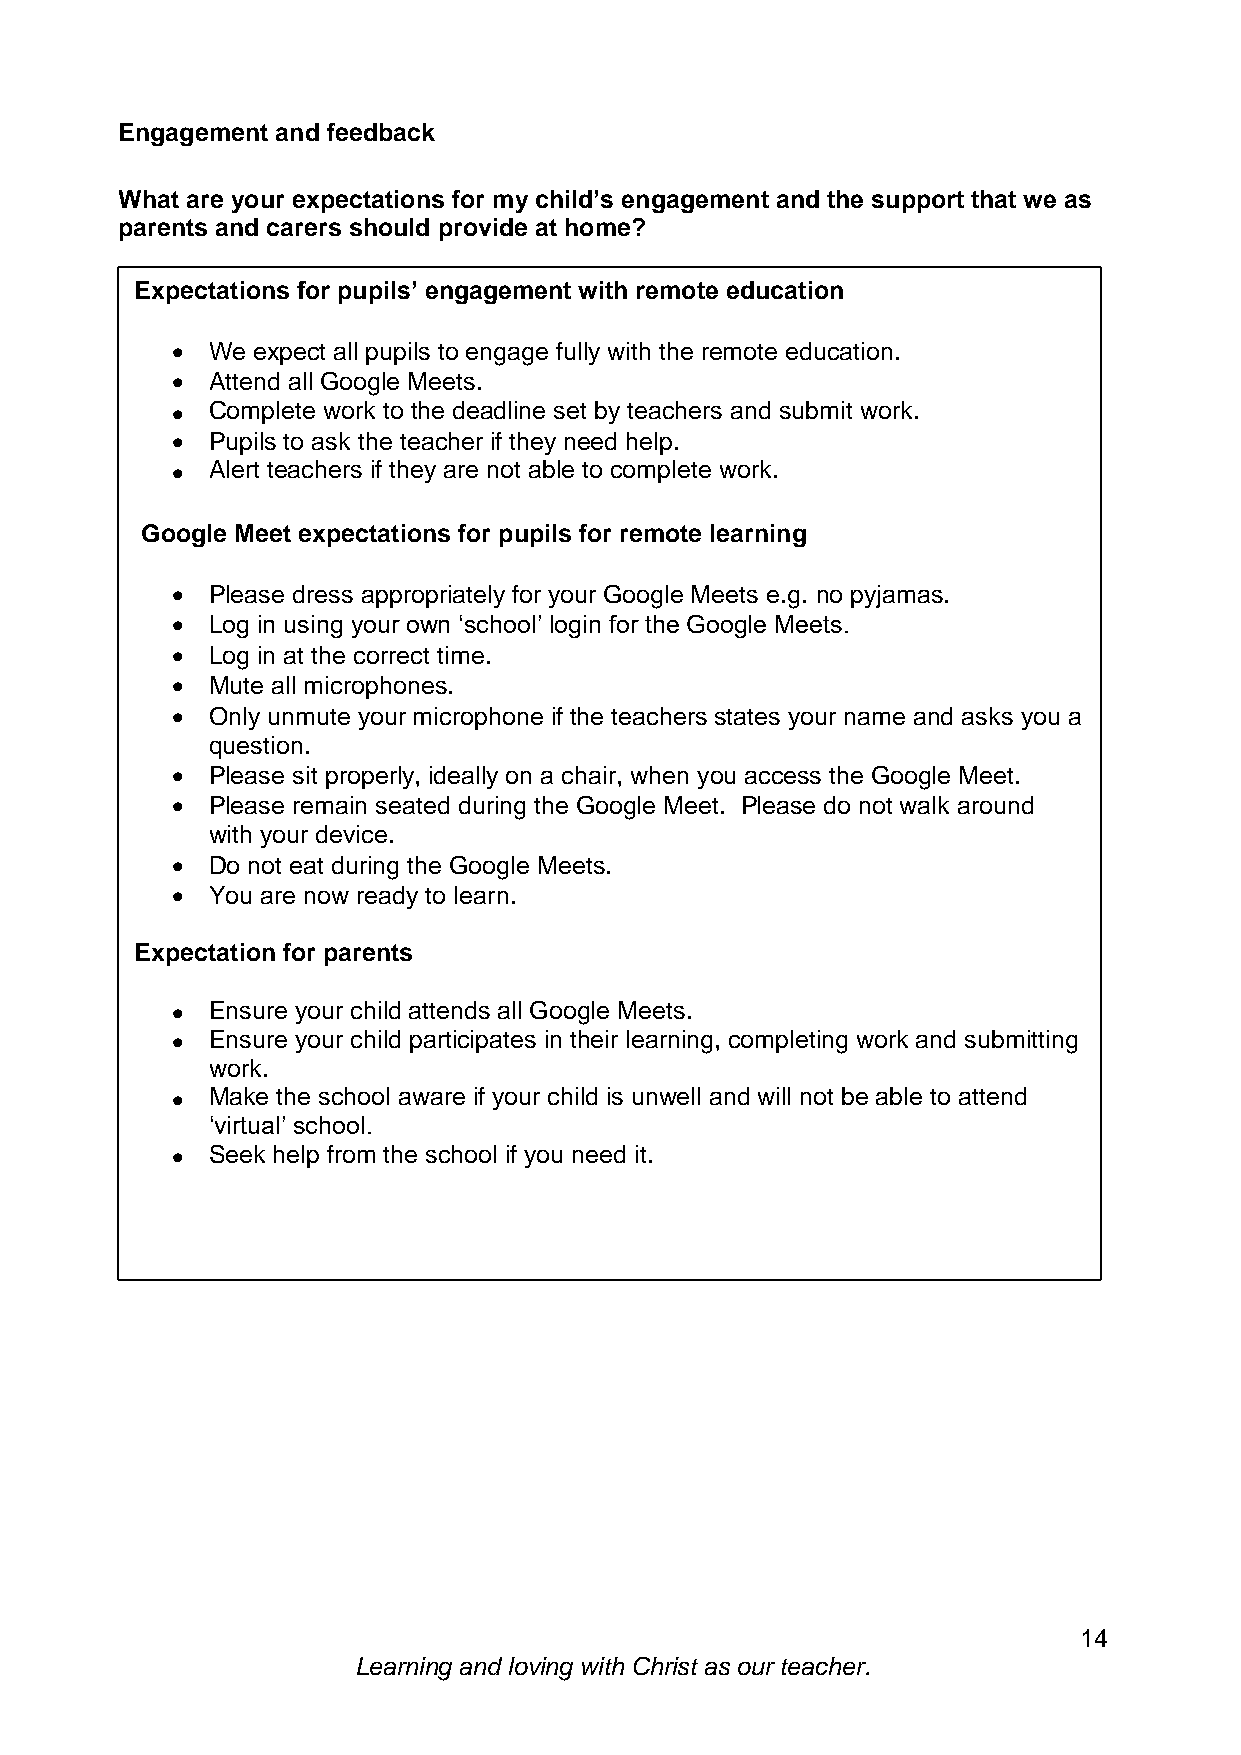
Engagement and feedback
 What are your expectations for my child’s engagement and the support that we as
 parents and carers should provide at home?
 Expectations for pupils’ engagement with remote education
   We expect all pupils to engage fully with the remote education.
   Attend all Google Meets.
   Complete work to the deadline set by teachers and submit work.
   Pupils to ask the teacher if they need help.
   Alert teachers if they are not able to complete work.
 Google Meet expectations for pupils for remote learning
   Please dress appropriately for your Google Meets e.g. no pyjamas.
   Log in using your own ‘school’ login for the Google Meets.
   Log in at the correct time.
   Mute all microphones.
   Only unmute your microphone if the teachers states your name and asks you a
 question.
   Please sit properly, ideally on a chair, when you access the Google Meet.
   Please remain seated during the Google Meet. Please do not walk around
 with your device.
   Do not eat during the Google Meets.
   You are now ready to learn.
 Expectation for parents
   Ensure your child attends all Google Meets.
   Ensure your child participates in their learning, completing work and submitting
 work.
   Make the school aware if your child is unwell and will not be able to attend
 ‘virtual’ school.
   Seek help from the school if you need it.
 14
 Learning and loving with Christ as our teacher.